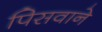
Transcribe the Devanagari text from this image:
पिसवाने